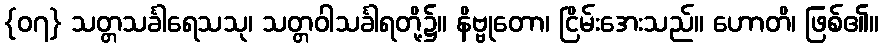
{၀၇} သတ္တသင်္ခါရေသသု၊ သတ္တဝါသင်္ခါရတို့၌။ နိဗ္ဗုတော၊ ငြိမ်းအေးသည်။ ဟောတိ၊ ဖြစ်၏။